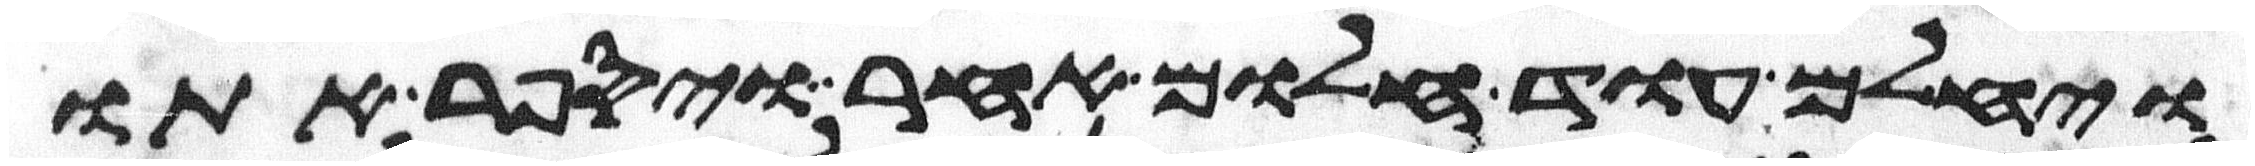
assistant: ויחלם עוד חלום אחר ויספר אתו